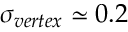
\sigma _ { v e r t e x } \simeq 0 . 2